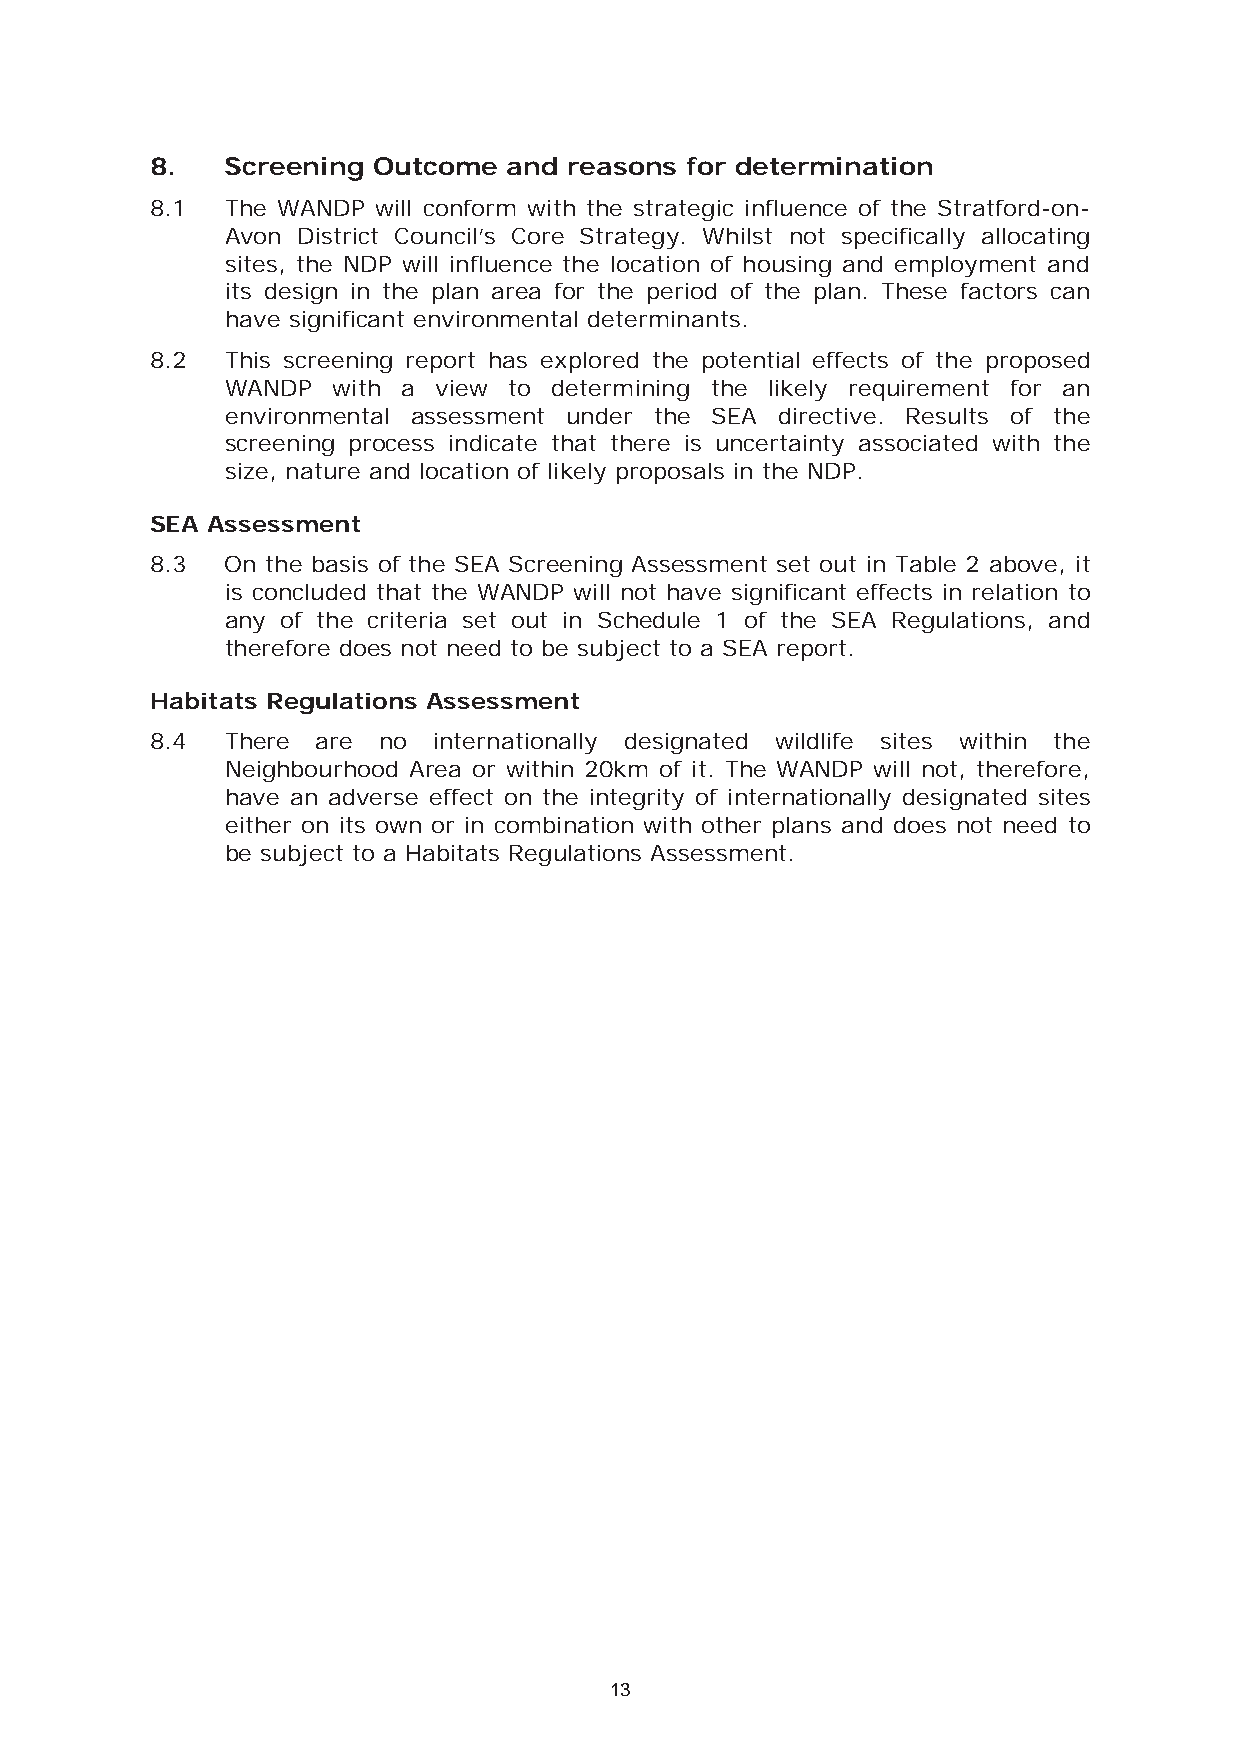
8.   Screening Outcome  and reasons for determination
 8.1  The WANDP will conform with the strategic influence of the Stratford-on-
 Avon District Council’s Core Strategy. Whilst not specifically allocating
 sites, the NDP will influence the location of housing and employment and
 its design in the plan area for the period of the plan. These factors can
 have significant environmental determinants.
 8.2  This screening report has explored the potential effects of the proposed
 WANDP  with a view to determining the likely requirement for an
 environmental assessment under the SEA directive. Results of the
 screening process indicate that there is uncertainty associated with the
 size, nature and location of likely proposals in the NDP.
 SEA Assessment
 8.3  On the basis of the SEA Screening Assessment set out in Table 2 above, it
 is concluded that the WANDP will not have significant effects in relation to
 any of the criteria set out in Schedule 1 of the SEA Regulations, and
 therefore does not need to be subject to a SEA report.
 Habitats Regulations Assessment
 8.4  There are no  internationally designated wildlife sites within the
 Neighbourhood Area or within 20km of it. The WANDP will not, therefore,
 have an adverse effect on the integrity of internationally designated sites
 either on its own or in combination with other plans and does not need to
 be subject to a Habitats Regulations Assessment.
 13